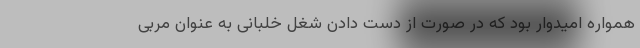
همواره امیدوار بود که در صورت از دست دادن شغل خلبانی به عنوان مربی